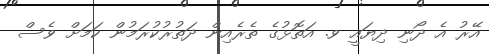
އޭރު އެ ދޯނި ދިޔައީ ވ. އަތޮޅުގެ ތެރެއިން ދަތުރުކުރަމުން ކަމަށް ވެސް